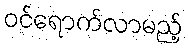
ဝင်ရောက်လာမည့်